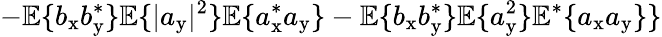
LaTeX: -\mathbb{E}\{ b_{\mathrm{x}}b_{\mathrm{y}}^{\ast}\} \mathbb{E}\{ |a_{\mathrm{y}}|^{2}\} \mathbb{E}\{ a_{\mathrm{x}}^{\ast}a_{\mathrm{y}}\} -\mathbb{E}\{ b_{\mathrm{x}}b_{\mathrm{y}}^{\ast}\} \mathbb{E}\{ a_{\mathrm{y}}^{2}\} \mathbb{E}^{\ast}\{ a_{\mathrm{x}}a_{\mathrm{y}}\} \}